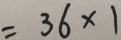
= 3 6 \times 1